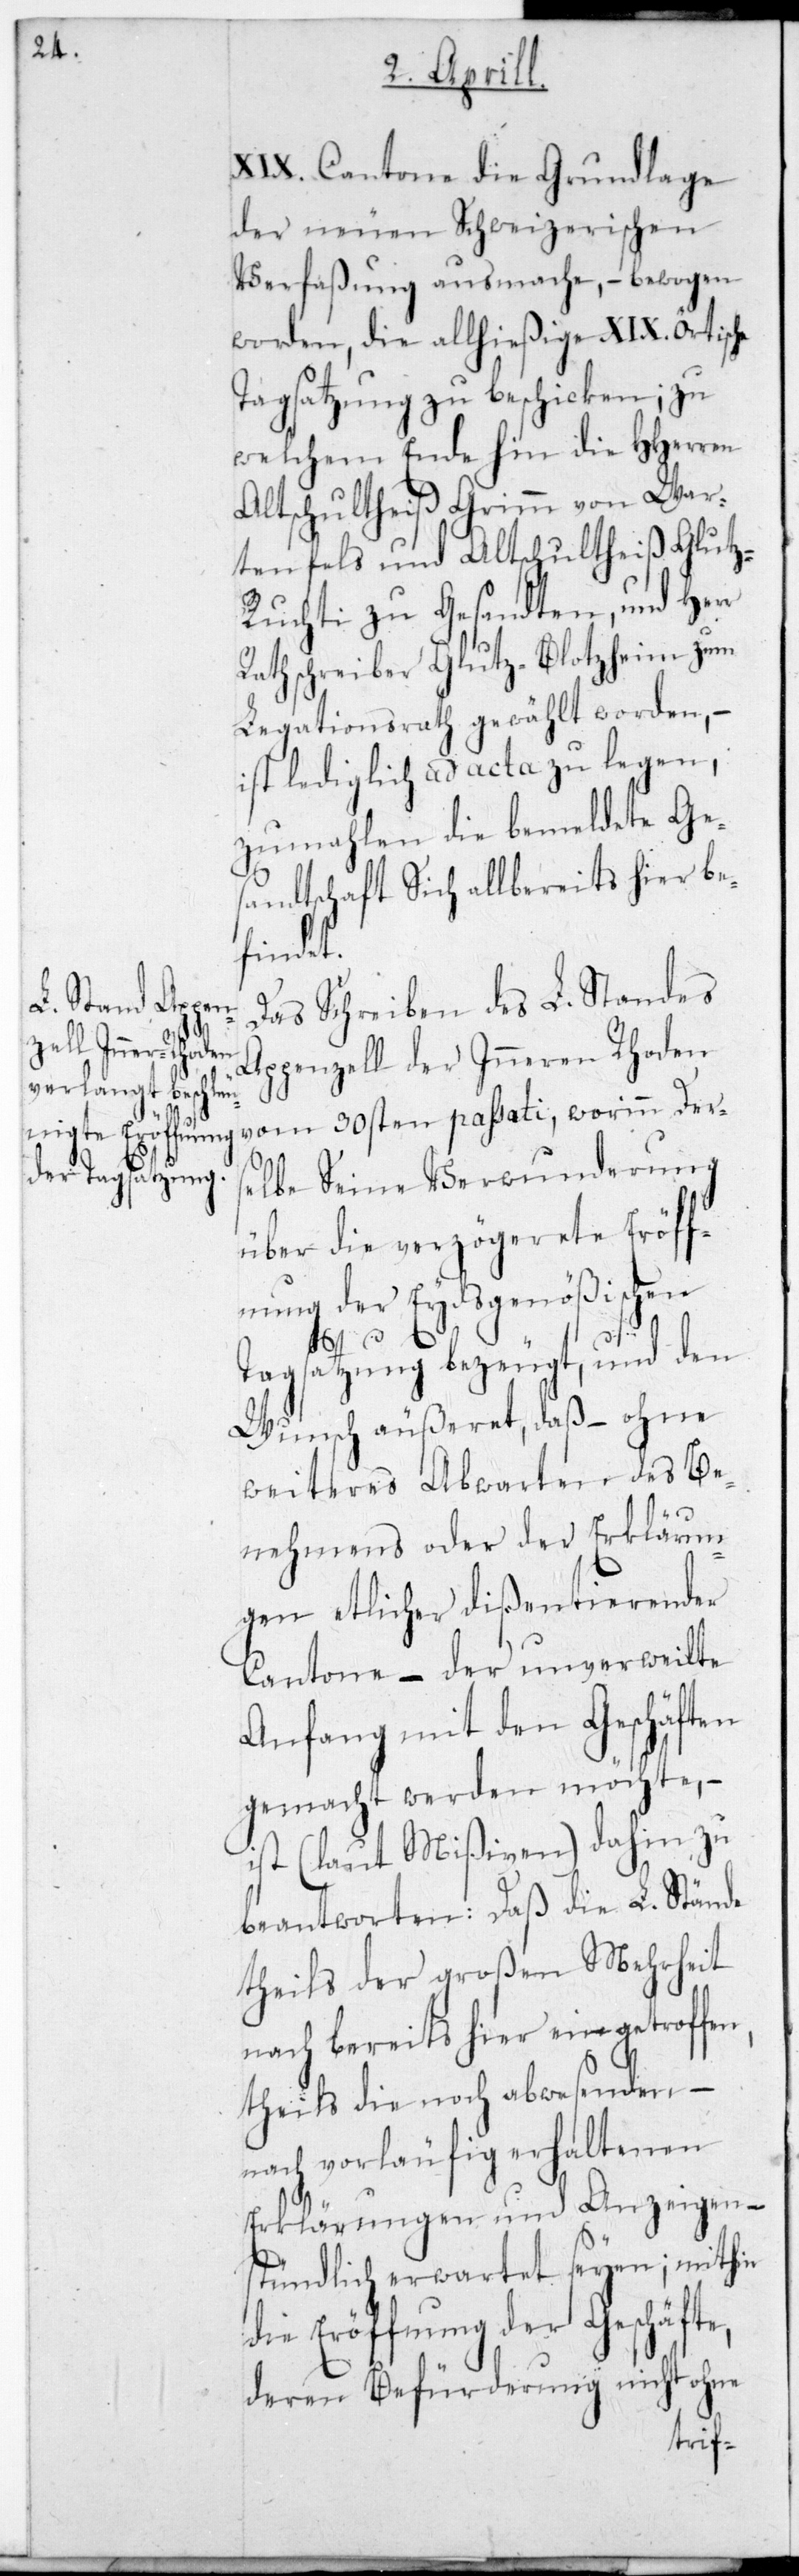
XIX. Cantone die Grundlage
der neuen Schweizerischen
Verfaßung ausmache, – bewogen
worden, die allhießige XIX. örtische
Tagsatzung zu beschicken; zu
welchem Ende hin die HHerren
alt Schultheiß Grimm von War¬
tenfels und Altschultheiß Glut¬
z-Ruchti zu Gesandten, und Herr
Rathschreiber Glutz-Blotzheim zum
Legationsrath gewählt worden, –
ist lediglich ad acta zu legen,
zumahlen die bemeldete Ges¬
andtschaft sich allbereits hier be¬
findet.
Das Schreiben des L. Standes
Appenzell der Inneren Rhoden
vom 30sten passati, worinn der¬
selbe Seine Verwunderung
über die verzögerete Eröff¬
nung der Eydsgenößischen
Tagsatzung bezeugt, und den
Wunsch äußeret, daß – ohne
weiteres Abwarten des Be¬
nehmens oder der Erklärun¬
gen etlicher dißentierender
Cantone, – der unverweilte
Anfang mit den Geschäften
gemacht werden möchte, –
ist (laut Mißiven) dahin zu
beantworten: Daß die L. Stände
theils der großen Mehrheit
nach bereits hier eingetroffen,
theils die noch abwesenden, –
nach vorläufig erhaltenen
Erklärungen und Anzeigen, –
stündlich erwartet seyen; mithin
die Eröffnung der Geschäfte,
deren Befürderung nicht ohne